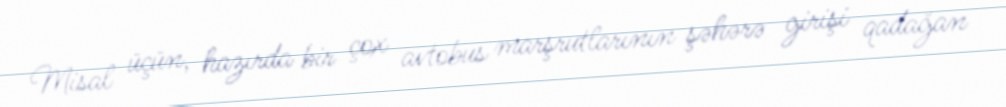
Misal üçün, hazırda bir çox avtobus marşrutlarının şəhərə girişi qadağan